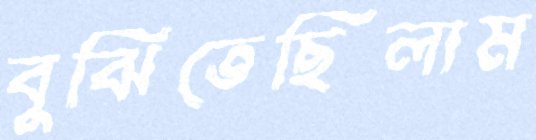
বুঝিতেছিলাম